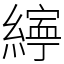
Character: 𦅜